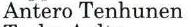
Antero Tenhunen